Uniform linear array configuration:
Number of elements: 32
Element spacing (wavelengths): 0.75
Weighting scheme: binomial
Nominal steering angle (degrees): -45
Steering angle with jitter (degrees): -44.648
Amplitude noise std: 0.05
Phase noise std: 0.05

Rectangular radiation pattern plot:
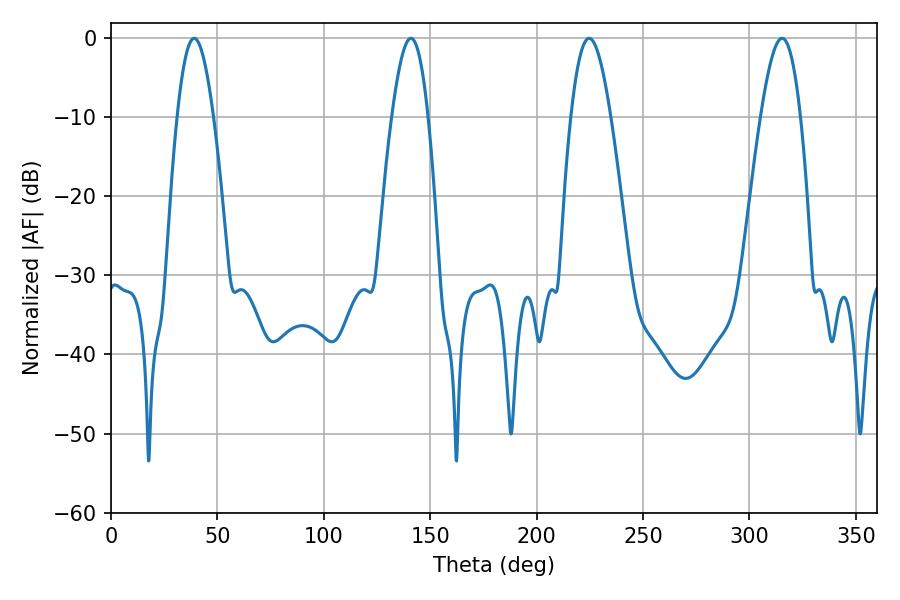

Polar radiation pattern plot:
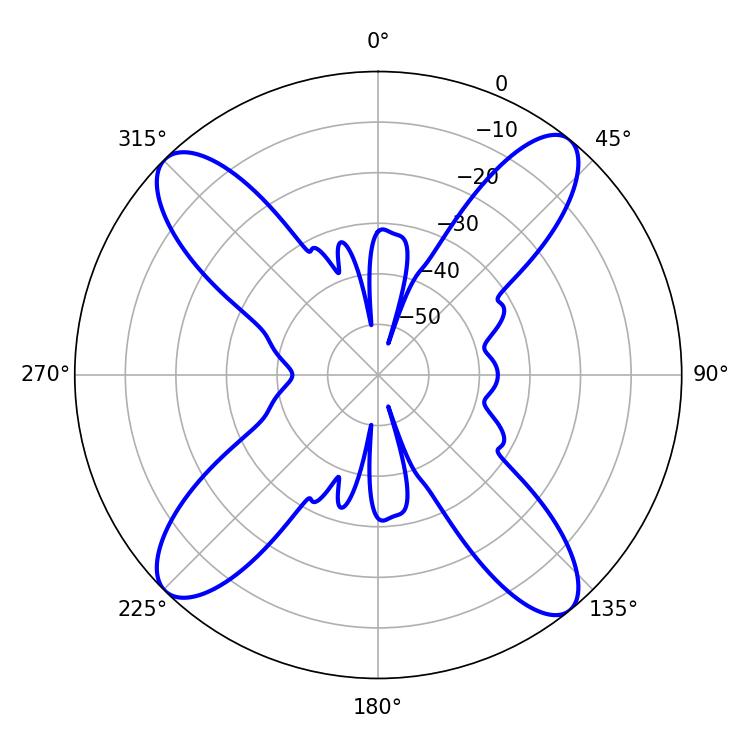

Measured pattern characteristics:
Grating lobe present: TRUE
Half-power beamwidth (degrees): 9.36
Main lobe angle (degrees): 39.06